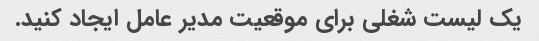
یک لیست شغلی برای موقعیت مدیر عامل ایجاد کنید.